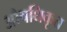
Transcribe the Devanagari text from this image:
औषधिकृत